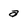
Character: a